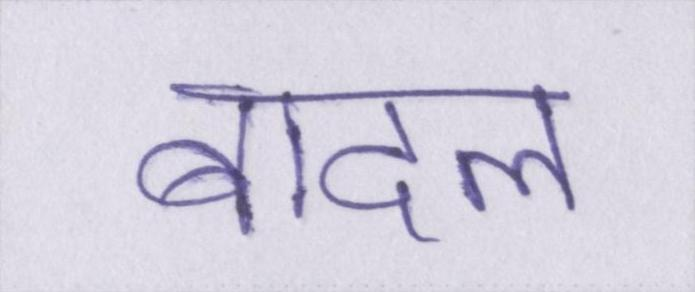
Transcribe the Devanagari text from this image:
बादल